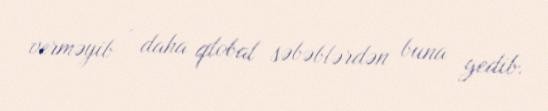
verməyib - daha qlobal səbəblərdən buna gedib.